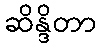
ဆိန္ဒိတာ